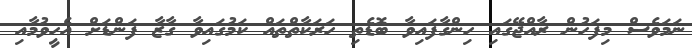
ނަމަވެސް މިފަހުން ރާއްޖޭގައި ހިންގާފައިވާ ބޮޑެތި ހަރަކާތްތައް ކަމުގައިވާ ގާޒާ ފަންޑަށް އެހީވުމާއި